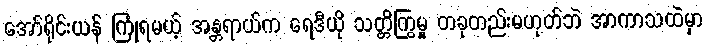
အော်ရိုင်းယန် ကြုံရမယ့် အန္တရာယ်က ရေဒီယို သတ္တိကြွမှု တခုတည်းမဟုတ်ဘဲ အာကာသထဲမှာ